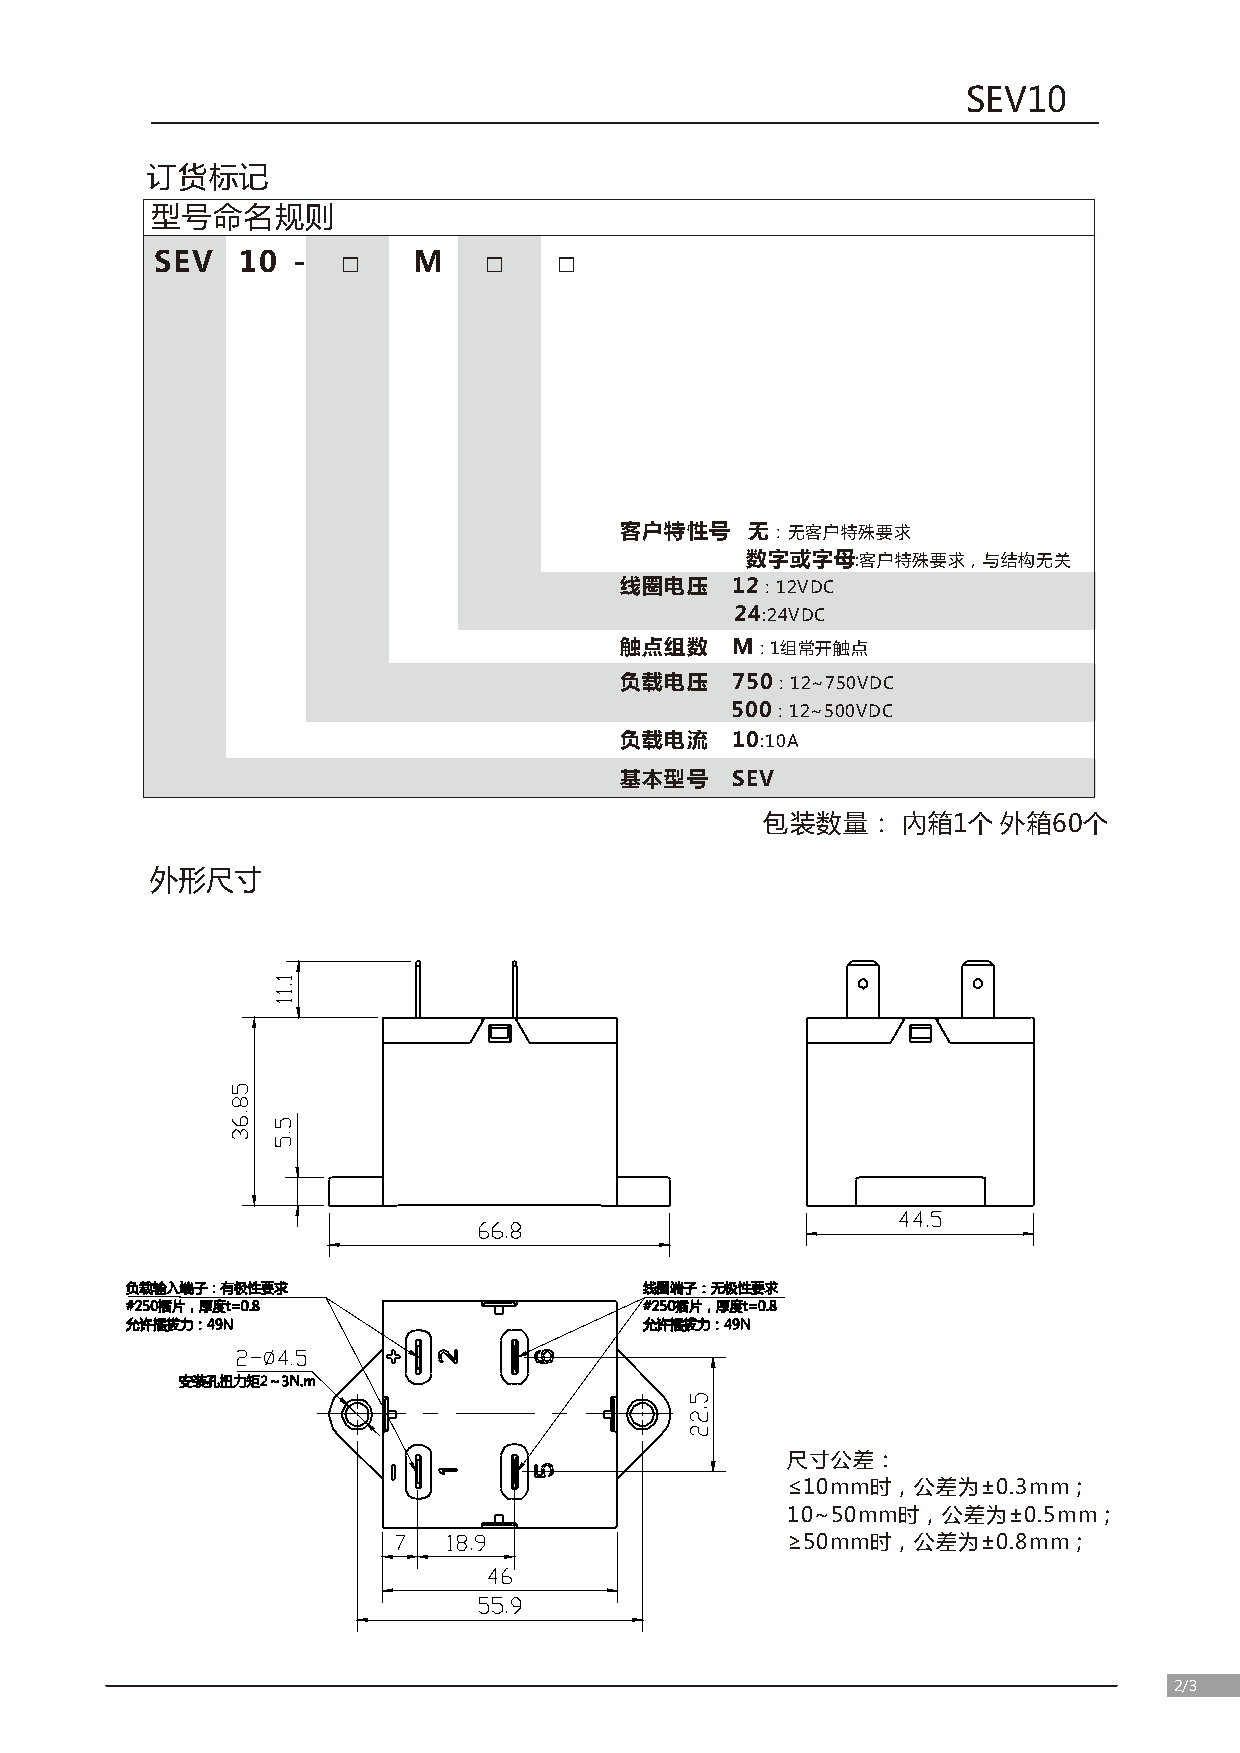
SEV10
 订货标记
 型号命名规则
 SEV   10 -   □   M    □    □
 客户特性号    无：无客户特殊要求
 数字或字母:客户特殊要求，与结构无关
 线圈电压   12：12VDC
 24:24VDC
 触点组数   M：1组常开触点
 负载电压   750：12~750VDC
 500：12~500VDC
 负载电流   10:10A
 基本型号   SEV
 包装数量：    內箱1个  外箱60个
 外形尺寸
 尺寸公差：
 ≤10mm时，公差为±0.3mm；
 10~50mm时，公差为±0.5mm；
 ≥50mm时，公差为±0.8mm；
 2/3